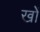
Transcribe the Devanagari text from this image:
खोें